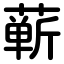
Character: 蕲